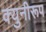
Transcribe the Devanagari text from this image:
क्युनीरूप